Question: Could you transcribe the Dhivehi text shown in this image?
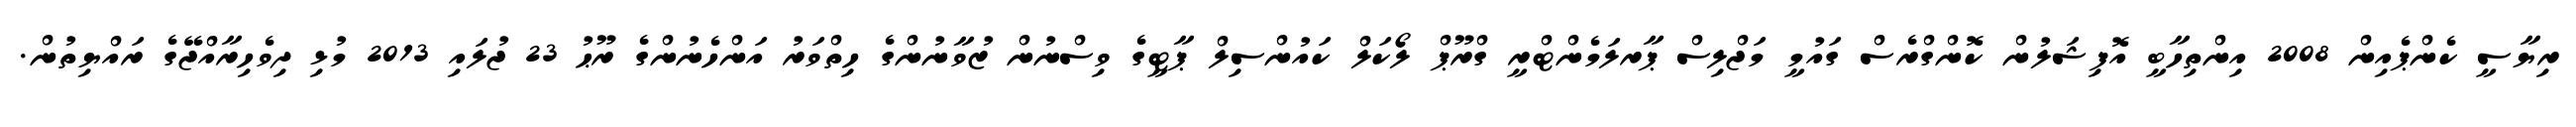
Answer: ރިޔާސީ ކެންޕެއިން 2008 އިންތިހާބީ އޮފިޝަލުން ކޮންގްރެސް ގައުމީ މަޖްލިސް ޕާރލަމެންޓްރީ ގްރޫޕް ލޯކަލް ކައުންސިލް ޕާޓީގެ ވިސްނުން ޒުވާނުންގެ ހިތްވަރު އަންހެނުންގެ ރޫޙު 23 ޖުލައި 2013 މުޅި ދިވެހިރާއްޖޭގެ ރައްޔިތުން.